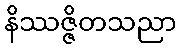
နိဿဇ္ဇိတသညာ